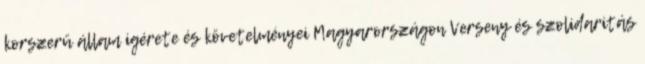
korszerü állam igérete és követelményei Magyarországon Verseny és szolidaritás